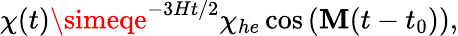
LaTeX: \chi(t)\simeqe^{-3Ht/2}\chi_{he}\cos\left(\mathbf{M}(t-t_{0})\right),